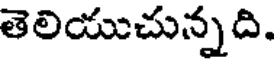
తెలియుచున్నది.